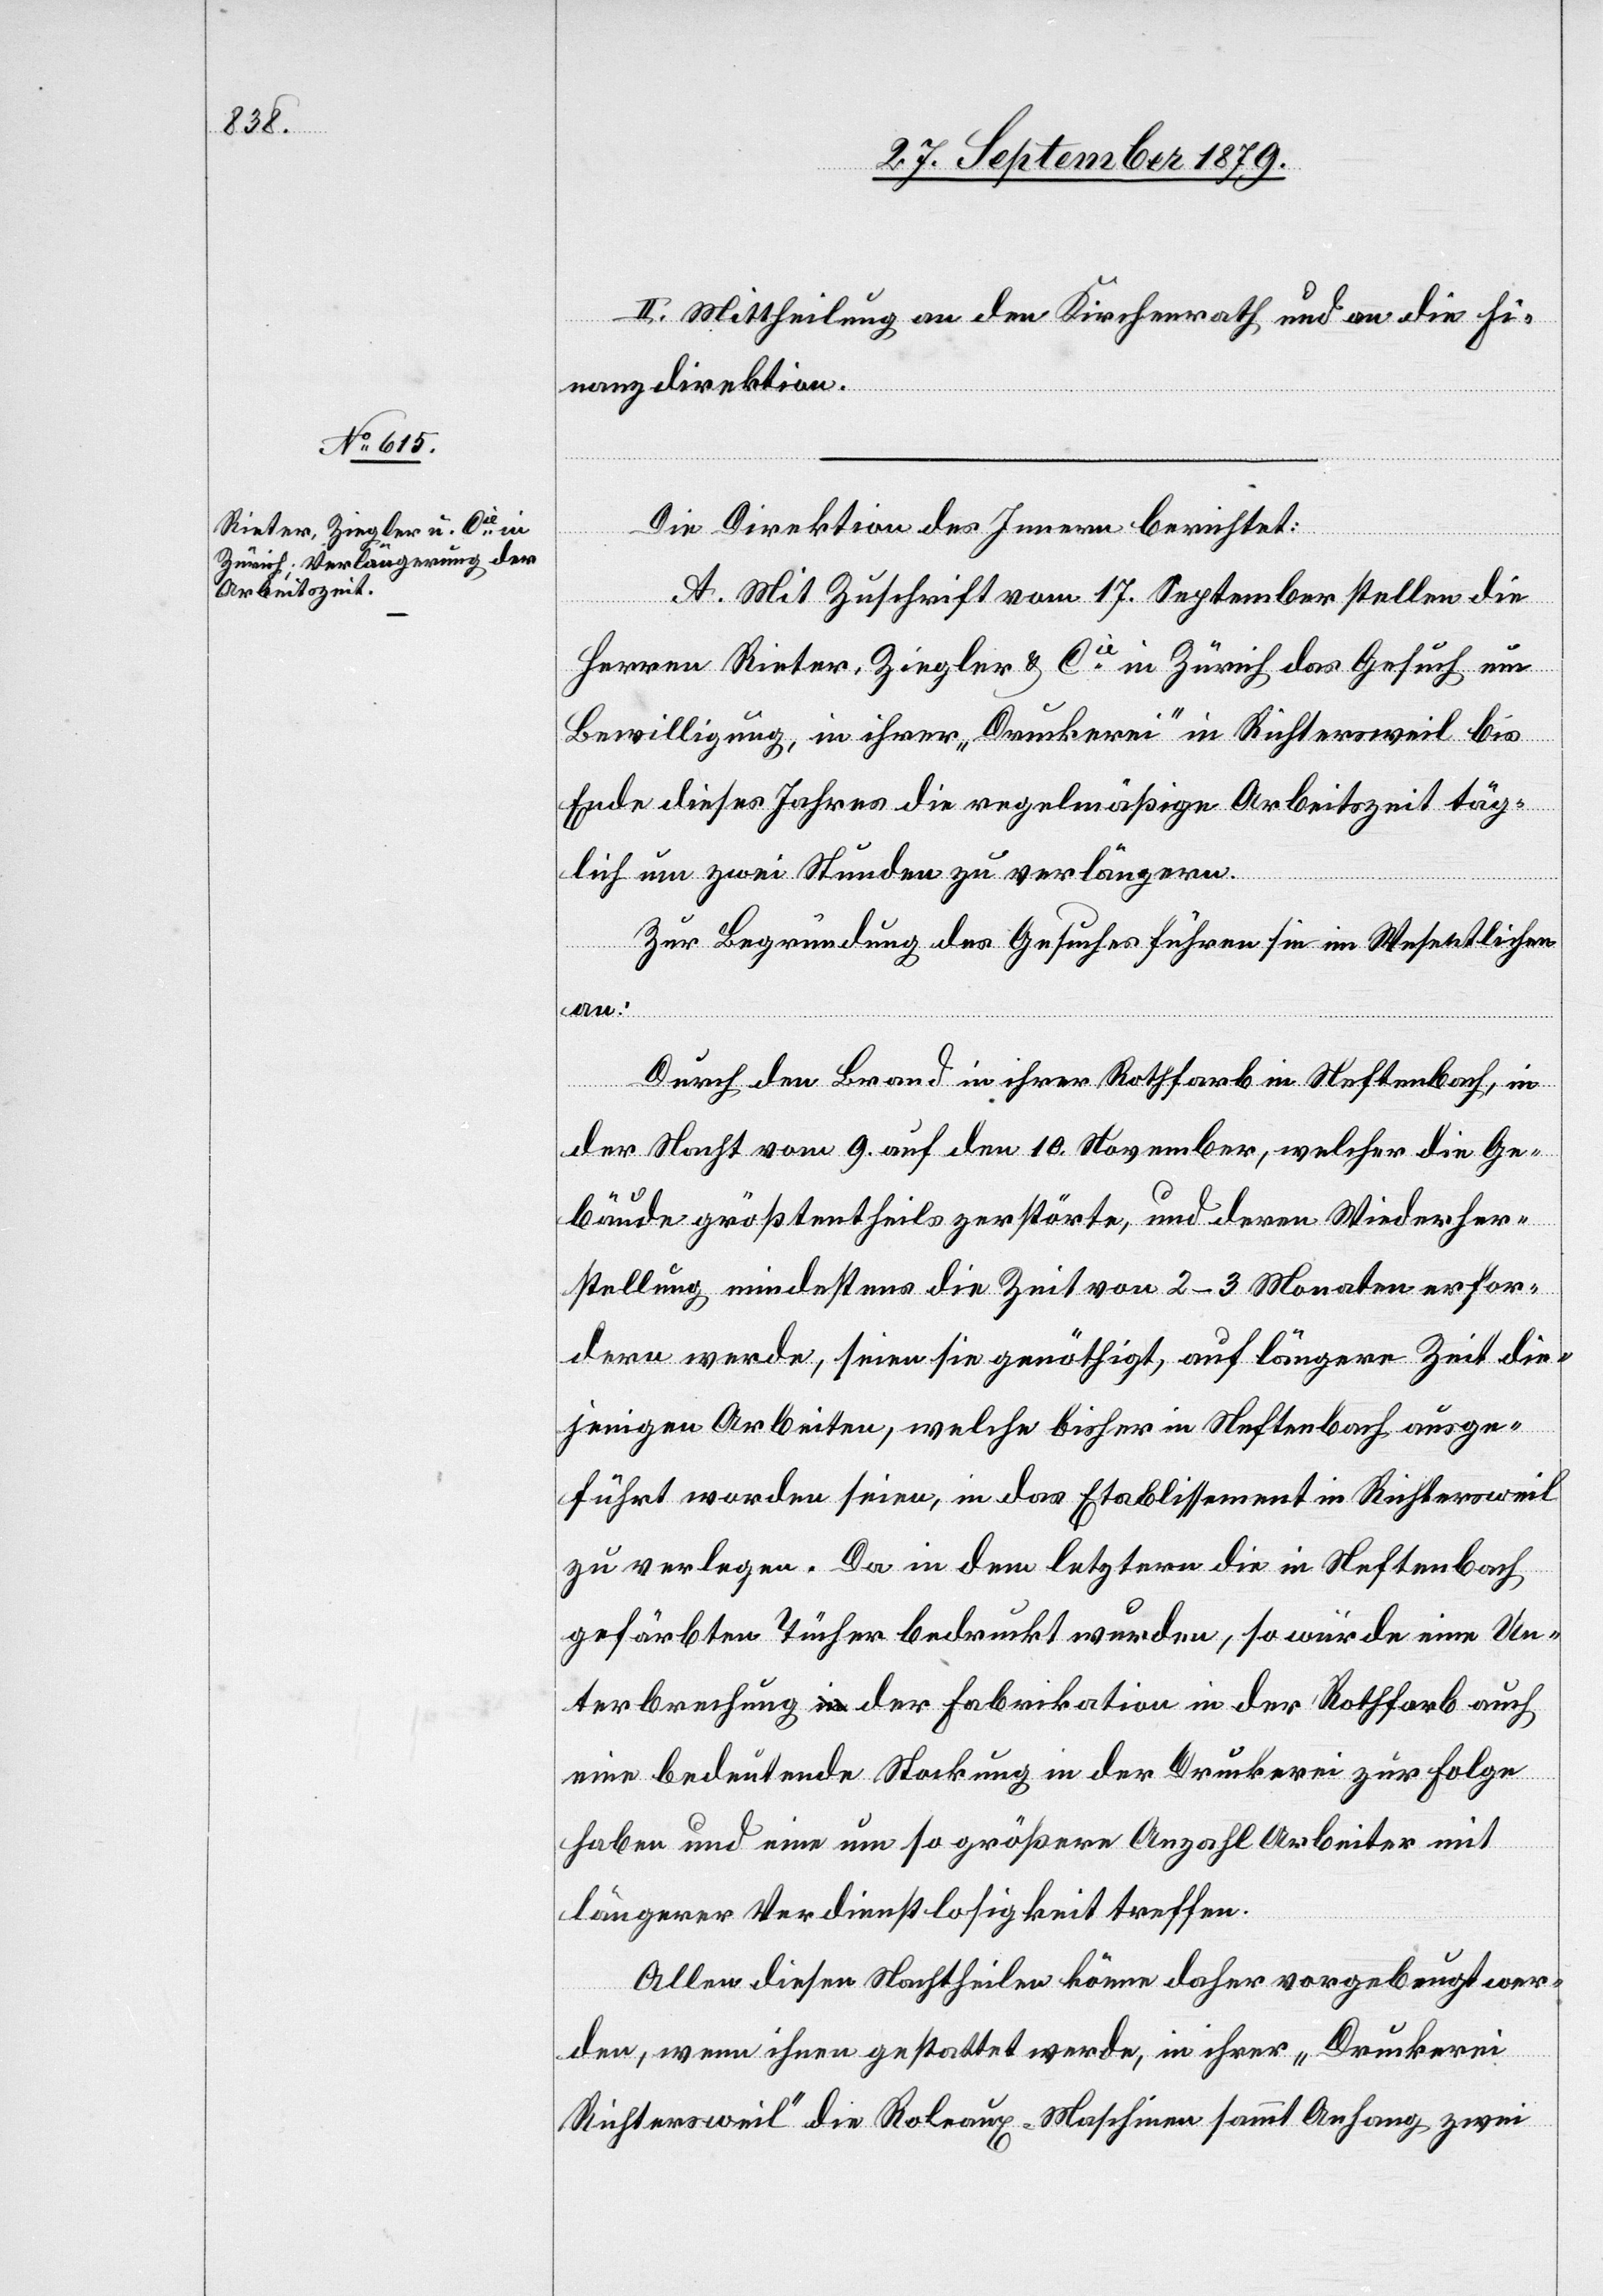
II. Mittheilung an den Kirchenrath und an die Fi¬
nanzdirektion.
Die Direktion des Innern berichtet:
A. Mit Zuschrift vom 17. September stellen die
Herren Rieter, Ziegler & Cie in Zürich das Gesuch um
Bewilligung, in ihrer „Druckerei“ in Richtersweil bis
Ende dieses Jahres die regelmäßige Arbeitszeit täg¬
lich um zwei Stunden zu verlängern.
Zur Begründung des Gesuches führen sie im Wesentlichen
an:
Durch den Brand in ihrer Rothfarb in Neftenbach, in
der Nacht vom 9. auf den 10. November, welcher die Ge¬
bäude größtentheils zerstörte, und deren Wiederher¬
stellung mindestens die Zeit von 2–3 Monaten erfor¬
dern werde, seien sie genöthigt, auf längere Zeit die¬
jenigen Arbeiten, welche bisher in Neftenbach ausge¬
führt worden seien, in das Etablissement in Richtersweil
zu verlegen. Da in dem letztern die in Neftenbach
gefärbten Tücher bedruckt wurden, so würde eine Un¬
terbrechung der Fabrikation in der Rothfarb auch
eine bedeutende Stockung in der Druckerei zur Folge
haben und eine um so größere Anzahl Arbeiter mit
längerer Verdienstlosigkeit treffen.
Allen diesen Nachtheilen könne daher vorgebeugt wer¬
den, wenn ihnen gestattet werde, in ihrer „Druckerei
Richtersweil“ die Roleaux-Maschinen sammt Anhang zwei